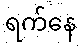
ရက်နေ